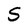
Character: S